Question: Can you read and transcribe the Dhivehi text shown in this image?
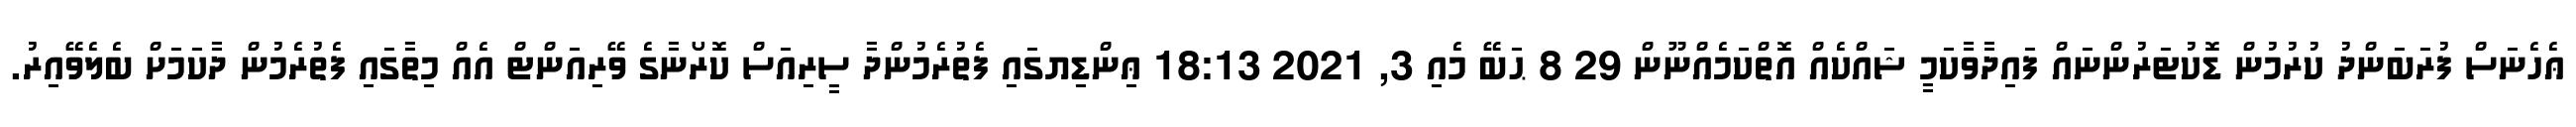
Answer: ޢެހެނަސް ފުރަބަންދު ކުރުމުން ޑޮކުޓަރުންނައް ފައިދާވާކަމީ ޝައްކެއް އޮތްކަމެއްނޫން 29 8 ޙަބޭ މެއި 3, 2021 18:13 ޢިންޑިޔގައި ފެތުރެމުންދާ ސީރިއަސް ކޮރޯނާގެ ވޭރިއަންޓް އެއް މިތާގައި ފެތުރެމުން ދާކަމަށް ބެލެވޭއިރު.